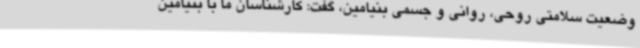
وضعیت سلامتی روحی، روانی و جسمی بنیامین، گفت: کارشناسان ما با بنیامین